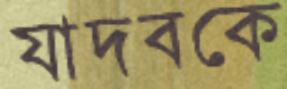
যাদবকে